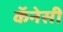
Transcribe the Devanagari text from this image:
कॅनेसी